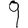
Digit: 9